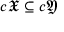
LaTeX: c { \mathfrak { X } } \subseteq c { \mathfrak { Y } }